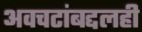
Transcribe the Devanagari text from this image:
अवचटांबद्दलही